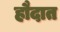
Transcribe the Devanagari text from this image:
हौदात